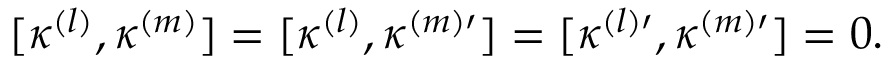
[ \kappa ^ { ( l ) } , \kappa ^ { ( m ) } ] = [ \kappa ^ { ( l ) } , \kappa ^ { ( m ) \prime } ] = [ \kappa ^ { ( l ) \prime } , \kappa ^ { ( m ) \prime } ] = 0 .